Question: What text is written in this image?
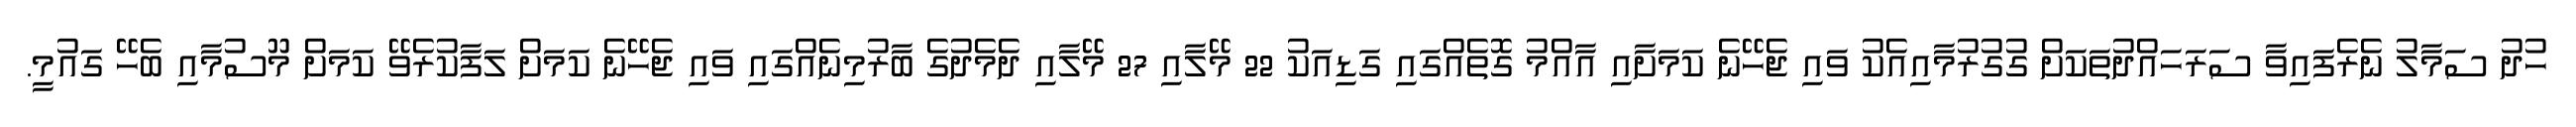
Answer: ހުދު ސަމާލު ނެރެފައިވާ ސަރަހައްދުތަކަށް ގުގުރުމާއިއެކު ވައި ޖެހޭނެ ކަމަށާއި އާއްމު ގޮތެއްގައި ގަޑިއަކު 22 މޭލާއި 27 މޭލާއި ދެމެދުގެ ބާރުމިނެއްގައި ވައި ޖެހޭނެ ކަމަށް ލަފާކުރެވޭ ކަމަށް މޫސުމާއި ބެހޭ ގައުމީ.